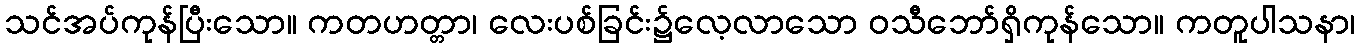
သင်အပ်ကုန်ပြီးသော။ ကတဟတ္တာ၊ လေးပစ်ခြင်း၌လေ့လာသော ဝသီဘော်ရှိကုန်သော။ ကတူပါသနာ၊